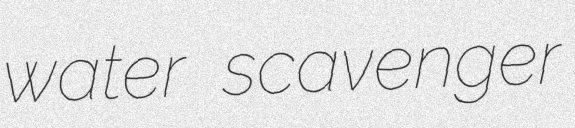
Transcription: water scavenger